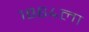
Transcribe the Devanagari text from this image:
१८६४ला